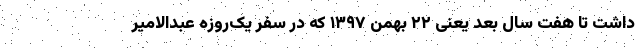
داشت تا هفت سال بعد یعنی ۲۲ بهمن ۱۳۹۷ که در سفر یک‌روزه عبدالامیر